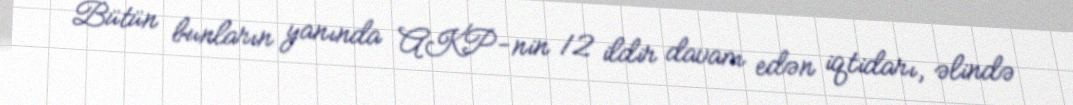
Bütün bunların yanında AKP-nin 12 ildir davam edən iqtidarı, əlində